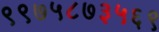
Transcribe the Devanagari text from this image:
९९७५८७३५६९